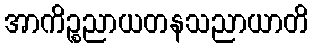
အာကိဉ္စညာယတနသညာယာတိ